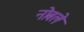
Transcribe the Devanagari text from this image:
नोबले